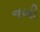
નબી